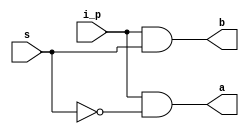
`timescale 1ns / 1ps
//////////////////////////////////////////////////////////////////////////////////
// Company: 
// Engineer: 
// 
// Design Name: 
// Module Name:    two_de 
// Project Name: 
// Target Devices: 
// Tool versions: 
// Description: 
//
// Dependencies: 
//
// Revision: 
// Revision 0.01 - File Created
// Additional Comments: 
//
//////////////////////////////////////////////////////////////////////////////////
module two_de(i_p,a,b,s);
input i_p,s;
output a,b;
and g1(a,i_p,~s);
and g2(b,i_p,s);
endmodule